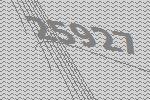
25927